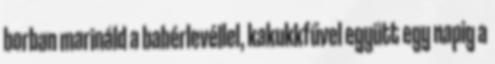
borban marináld a babérlevéllel, kakukkfűvel együtt egy napig a